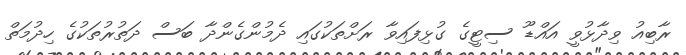
ރާބިއު ވިދާޅުވީ އައްޑޫ ސިޓީގެ ގުޅިފައިވާ ރަށްތަކުގައި ދެމުންގެންދާ ބަސް ދަތުރުތަކުގެ ހިދުމަތް